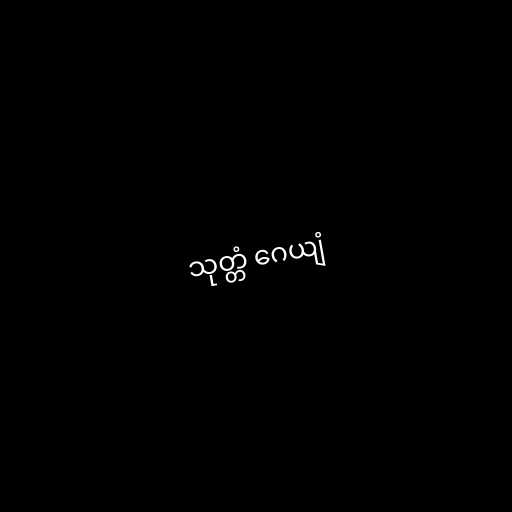
သုတ္တံ ဂေယျံ